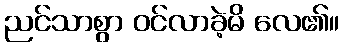
ညင်သာစွာ ဝင်လာခဲ့မိ လေ၏။